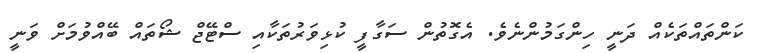
ކަންތައްތަކެއް ދަނީ ހިންގަމުންނެވެ. އެގޮތުން ސަގާފީ ކުޅިވަރުތަކާއި ސްޓޭޖް ޝޯތައް ބޭއްވުމަށް ވަނީ